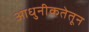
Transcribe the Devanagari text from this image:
आधुनीकतेतून